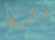
وأدرك